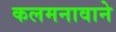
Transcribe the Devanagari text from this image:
कलमनावाने